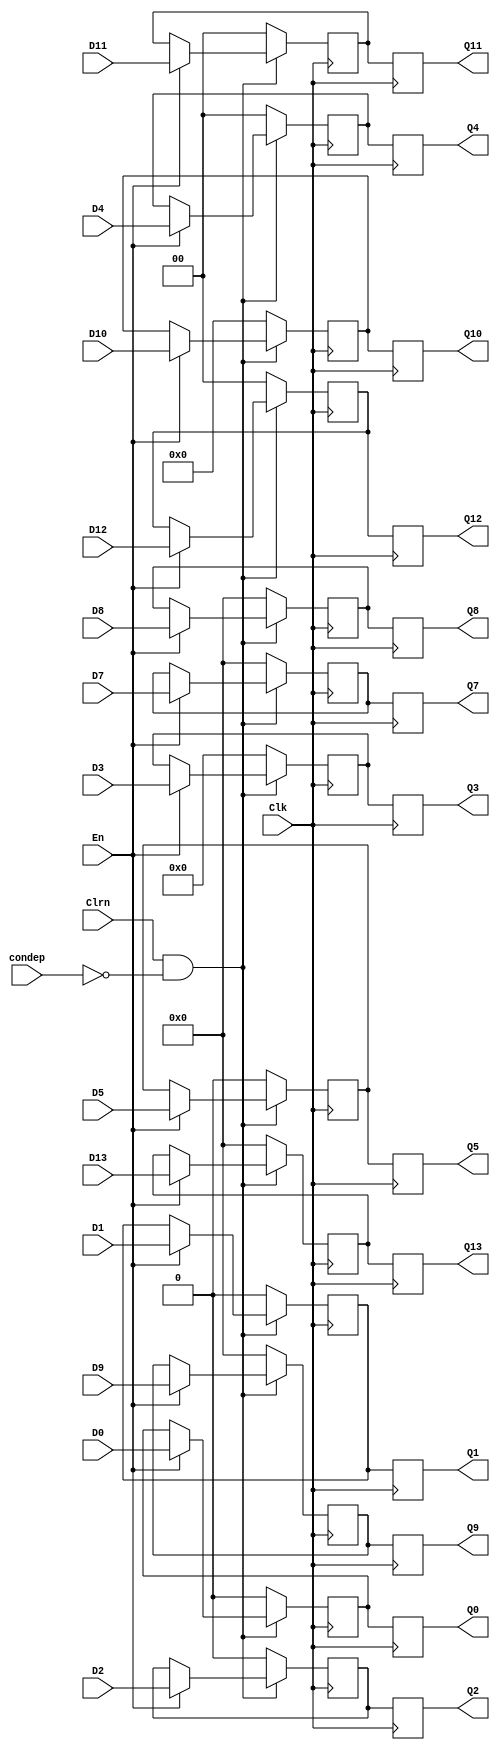
module REGidex(D13,D0,D1,D2,D3,D4,D5,D7,D8,D9,D10,En,Clk,Clrn,Q0,Q1,Q2,Q3,Q4,Q5,Q7,Q8,Q9,Q10,D11,D12,Q11,Q12,Q13,condep);
input D0,D1,D2,D5;
input [31:0] D7,D8,D9,D13;
input [5:0]D3;
input [4:0]D10;
input [1:0]D4,D11,D12;
input En,Clk,Clrn,condep;

output reg Q0,Q1,Q2,Q5;
output reg [31:0] Q7,Q8,Q9,Q13;
output reg [5:0] Q3;
output reg [4:0]Q10;
output reg [1:0]Q4,Q11,Q12;

reg reg0,reg1,reg2,reg5;
reg [31:0] reg7,reg8,reg9,reg13;
reg [5:0] reg3;
reg [4:0] reg10;
reg [1:0] reg4,reg11,reg12;

wire Clrn_SC;
//Clrn = 0condep = 1
assign Clrn_SC=Clrn&~condep;



initial begin
    reg0= 0;reg1= 0;reg2= 0;
    reg3= 0;reg4= 0;reg5= 0;
    reg7= 0;reg8= 0;reg9= 0;
    reg10= 0;reg11= 0;reg12= 0;reg13= 0;
end

always @(posedge Clk) begin
    Q0= reg0;Q1= reg1;
    Q2= reg2;Q3= reg3;
    Q4= reg4;Q5= reg5;
    Q7= reg7;Q8= reg8;
    Q9= reg9;Q10= reg10;
    Q11= reg11;Q12= reg12;
    Q13= reg13;
end

always @(negedge Clk) begin
    //Clrn == 00
    if (Clrn_SC == 0) begin
        reg0= 0;reg1= 0;reg2= 0;
        reg3= 0;reg4= 0;reg5= 0;
        reg7= 0;reg8= 0;reg9= 0;
        reg10= 0;reg11= 0;reg12= 0;reg13= 0;
    end
    //En == 1
    else if(En == 1) begin
        reg0= D0;reg1= D1;reg2= D2;
        reg3= D3;reg4= D4;reg5= D5;
        reg7= D7;reg8= D8;reg9= D9;
        reg10= D10;reg11= D11;reg12= D12;reg13= D13;
    end
    //En == 0 
end
endmodule